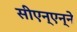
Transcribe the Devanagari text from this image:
सीएन्‌एन्‌ने